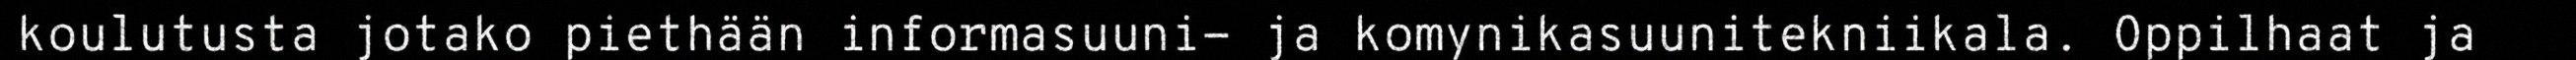
koulutusta jotako piethään informasuuni- ja komynikasuunitekniikala. Oppilhaat ja